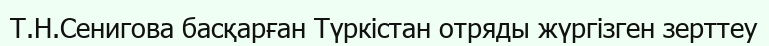
Т.Н.Сенигова басқарған Түркістан отряды жүргізген зерттеу